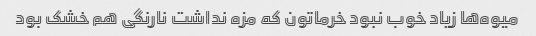
میوه‌ها زیاد خوب نبود خرماتون که مزه نداشت نارنگی هم خشک بود